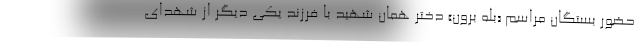
حضور بستگان مراسم «بله برون» دختر همان شهید با فرزند یکی دیگر از شهدای